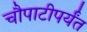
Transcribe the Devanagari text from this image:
चौपाटीपर्यंत